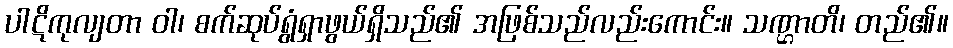
ပါဋိကုလျတာ ဝါ၊ စက်ဆုပ်ရွံရှာဖွယ်ရှိသည်၏ အဖြစ်သည်လည်းကောင်း။ သဏ္ဌာတိ၊ တည်၏။